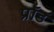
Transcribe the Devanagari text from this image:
प्रॉड